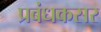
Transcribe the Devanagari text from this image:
प्रबंधकसर